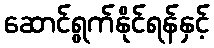
ဆောင်ရွက်နိုင်ရန်နှင့်